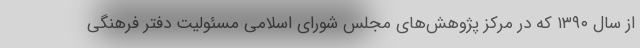
از سال ۱۳۹۰ که در مرکز پژوهش‌های مجلس شورای اسلامی مسئولیت دفتر فرهنگی